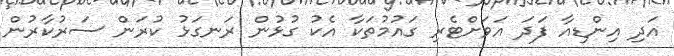
އަދި އިންޑިއާ ފަދަ އަވަށްޓެރި ގައުމުތަކާ އެކު ގުޅުން ރަނގަޅު ކުރަން ސަރުކާރުން